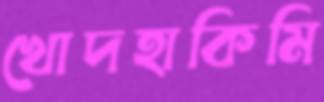
খোদহাকিমি